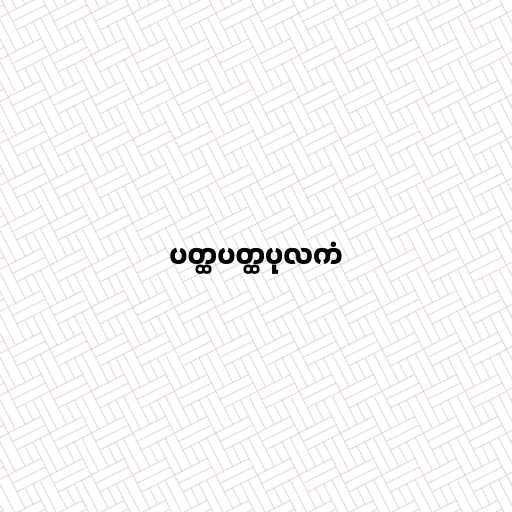
ပတ္ထပတ္ထပုလကံ